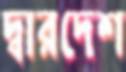
দ্বারদেশ